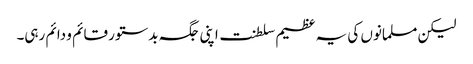
لیکن مسلمانوں کی یہ عظیم سلطنت اپنی جگہ بدستور قائم و دائم رہی۔